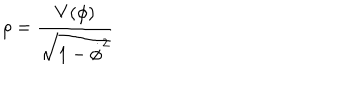
\rho = { \frac { V ( \phi ) } { \sqrt { 1 - \dot { \phi } ^ { 2 } } } }